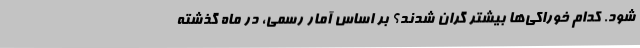
شود. کدام خوراکی‌ها بیشتر گران شدند؟ بر اساس آمار رسمی، در ماه گذشته